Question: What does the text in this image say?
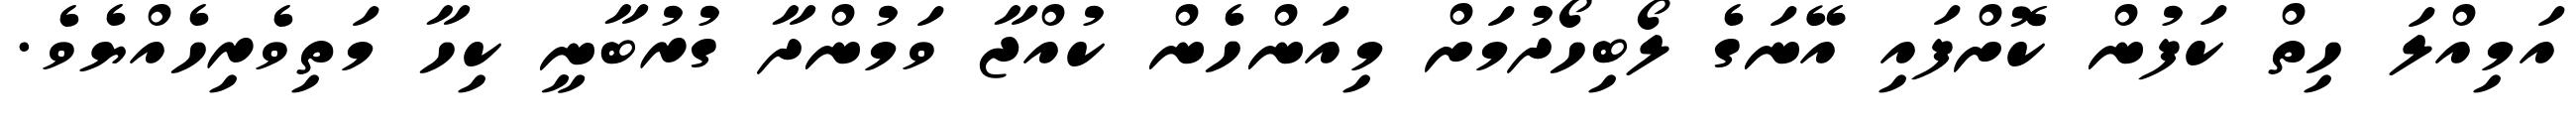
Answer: އަމިއްލަ ހިތް ކަފުން ކޮށްފައި އޭނަގެ ލޯބިހޯދުމަށް މިއަންހެން ކުއްޖާ ވަމުންދާ ގުރުބާނީ ކިހާ މަތިވެރިހެއްޔެވެ.